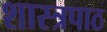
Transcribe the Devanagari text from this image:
शास्त्रपाठ